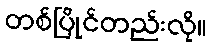
တစ်ပြိုင်တည်းလို။